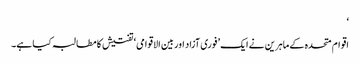
‘
اقوام متحدہ کے ماہرین نے ایک ’فوری آزاد اور بین الاقوامی‘ تفتیش کا مطالبہ کیا ہے۔